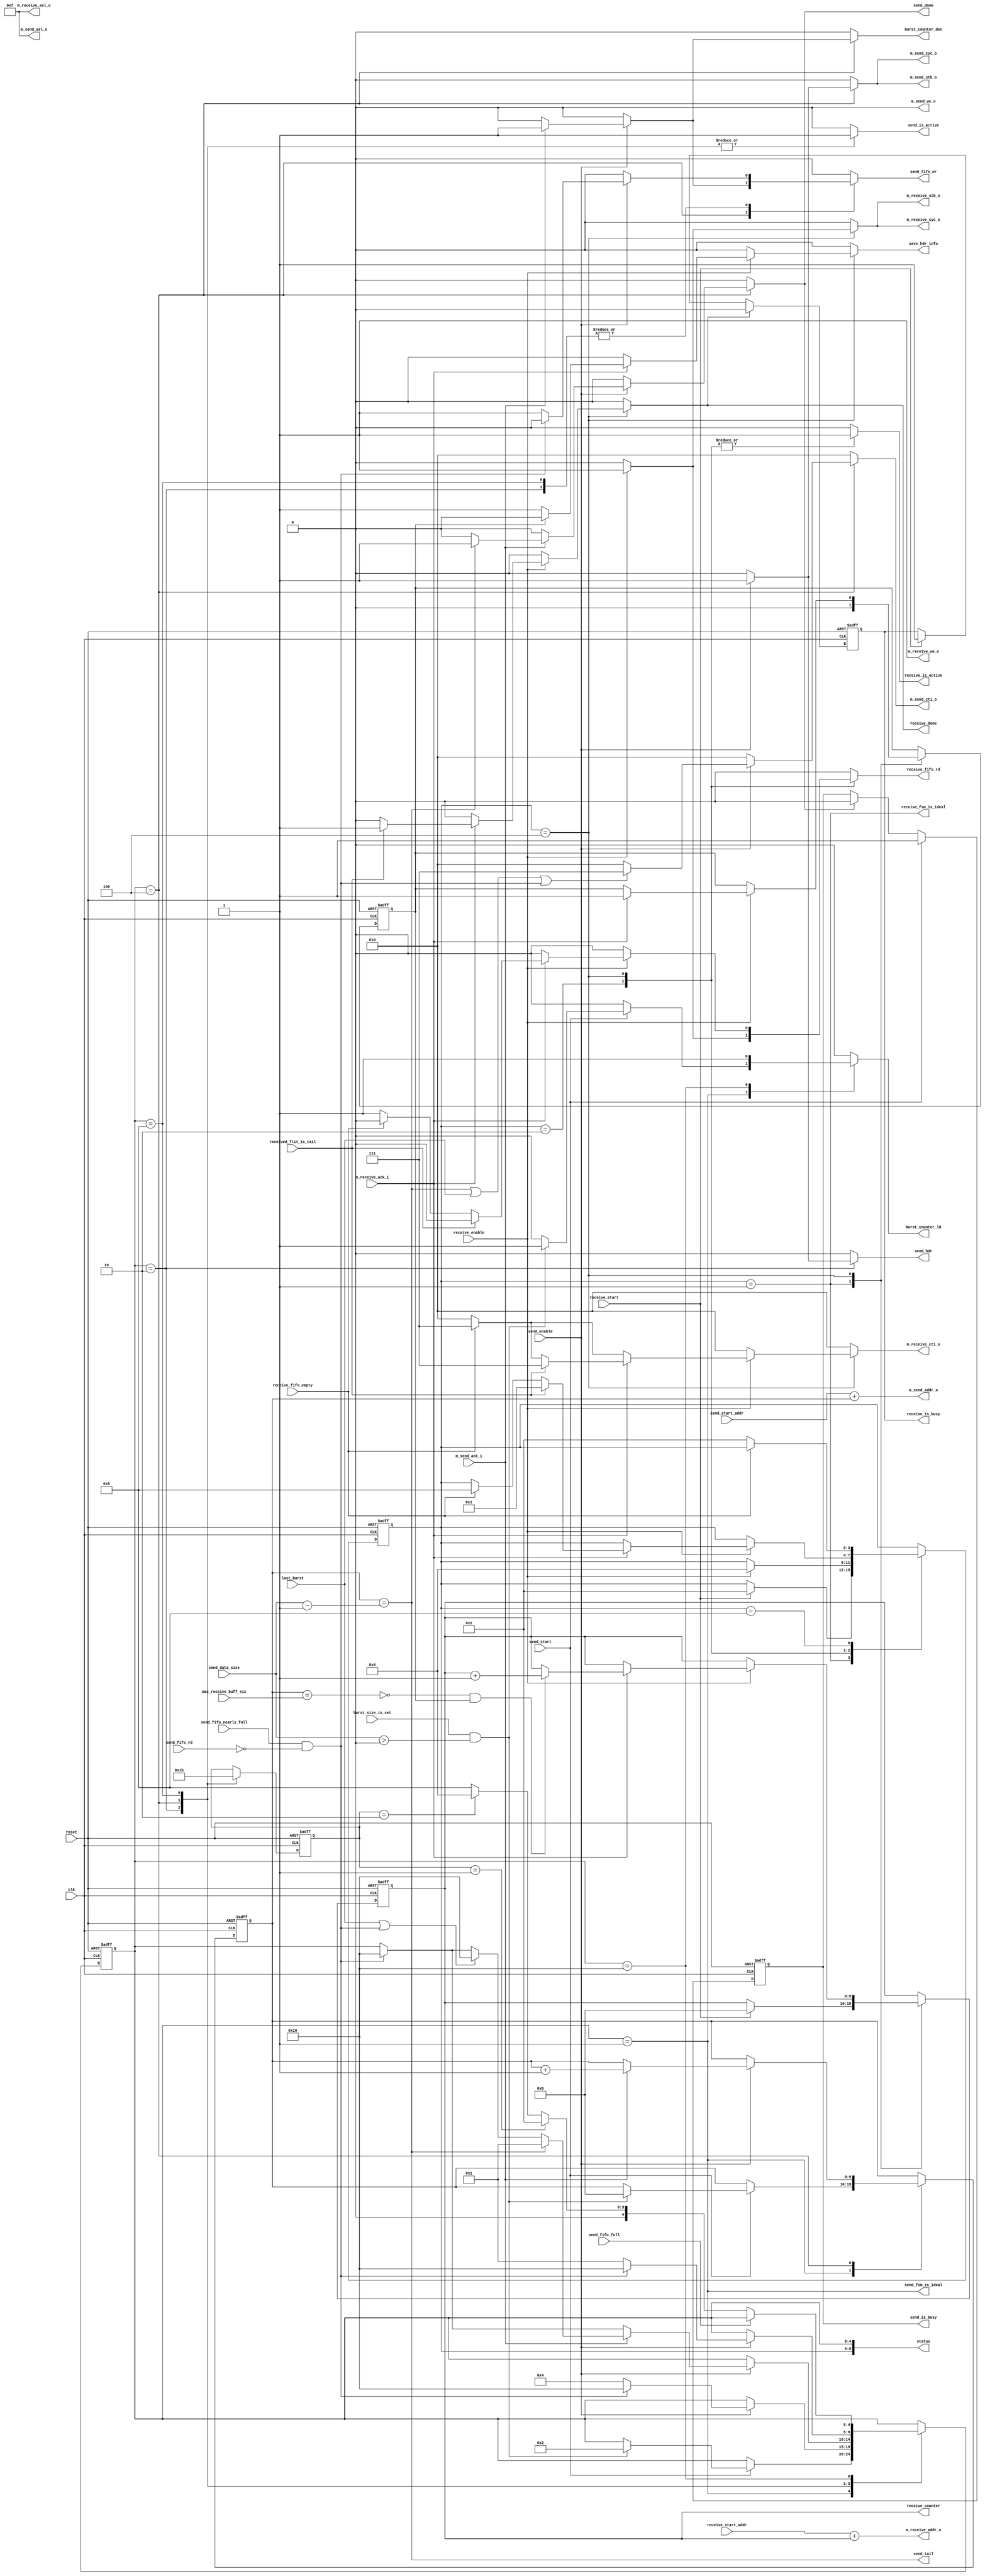

/**********************************************************************
**    
**	Copyright (C) 2014-2017  Alireza Monemi
**    
**	This file is part of ProNoC 
**
**	ProNoC ( stands for Prototype Network-on-chip)  is free software: 
**	you can redistribute it and/or modify it under the terms of the GNU
**	Lesser General Public License as published by the Free Software Foundation,
**	either version 2 of the License, or (at your option) any later version.
**
** 	ProNoC is distributed in the hope that it will be useful, but WITHOUT
** 	ANY WARRANTY; without even the implied warranty of MERCHANTABILITY
** 	or FITNESS FOR A PARTICULAR PURPOSE.  See the GNU Lesser General
** 	Public License for more details.
**
** 	You should have received a copy of the GNU Lesser General Public
** 	License along with ProNoC. If not, see <http:**www.gnu.org/licenses/>.
**
**
**	Description: 
**	NI send-/receive-DMA
**	
**
*******************************************************************/







 `timescale  1ns/1ps
 
 
module ni_vc_dma #(
   
    parameter MAX_TRANSACTION_WIDTH=10, // MAximum transaction size will be 2 power of MAX_DMA_TRANSACTION_WIDTH words 
    parameter CRC_EN= "NO",// "YES","NO" if CRC is enable then the CRC32 of all packet data is calculated and sent via tail flit. 
    
    //wishbone port parameters
    parameter Dw            =   32,
    parameter M_Aw          =   32,
    parameter TAGw          =   3,
    parameter SELw          =   4


)
(
     // 
    reset,
    clk,
    
    //ctrl signals
    send_enable,
    receive_enable,
    send_is_busy,
    receive_is_busy,
    send_is_active,
    receive_is_active,
    last_burst,
    send_hdr,
    send_tail,
    status,
    save_hdr_info,
    send_done,
    receive_done,    
    
  
    send_fsm_is_ideal,
    receive_fsm_is_ideal,
    received_flit_is_tail,
    send_start_addr, 
    receive_start_addr,
    
    send_data_size,
    max_receive_buff_siz,
    send_start, 
    receive_start,
    receive_counter,
    
    
    //fifo signals
        
    send_fifo_wr, 
    send_fifo_full,
    send_fifo_nearly_full,
    send_fifo_rd,    
    receive_fifo_rd,  
    receive_fifo_empty,
    
    //busrdt counter control signals
    burst_counter_ld,
    burst_counter_dec,
    burst_size_is_set,
    

   
    //wishbone master rd interface signals
    m_send_sel_o,
    m_send_addr_o,
    m_send_cti_o,
    m_send_stb_o,
    m_send_cyc_o,
    m_send_we_o,
  //  m_send_dat_i,
    m_send_ack_i,    


     //wishbone master wr interface signals
     
    m_receive_sel_o,
   // m_receive_dat_o,
    m_receive_addr_o,
    m_receive_cti_o,
    m_receive_stb_o,
    m_receive_cyc_o,
    m_receive_we_o,
    m_receive_ack_i  
     
  
    

);


           
        
    //state machine registers/parameters
    localparam
        SEND_ST_NUM=5,
        RECEIVE_ST_NUM=4;
    localparam [SEND_ST_NUM-1 :   0]
        SEND_IDEAL = 1,
        SEND_HDR=2,
        SEND_BODY =4,
        SEND_CRC=8,
        SEND_WAIT=16;    
        
        
    localparam [RECEIVE_ST_NUM-1:0]
        RECEIVE_IDEAL = 1,
        RECEIVE_READ_FIFO=2,
        RECEIVE_ACTIVE =4,
        RECEIVE_RELEASE_WB=8;  
    
    localparam [2 : 0]
        CLASSIC = 3'b000,
        CONST_ADDR_BURST = 3'b010,
        INCREMENT_BURST = 3'b011,
        END_OF_BURST = 3'b111;
        
        
      //control Registers/ parameters 
    
   

    localparam STATUSw=SEND_ST_NUM+RECEIVE_ST_NUM;
   
    output  [STATUSw-1  :0] status;  


    input reset,clk,send_enable,receive_enable;
    output reg send_is_busy, receive_is_busy;
    output reg burst_counter_ld,    burst_counter_dec;
    input burst_size_is_set;
    input last_burst;
    output reg  send_hdr;
    output reg  send_done,receive_done;    
    
    output send_tail;
    output reg send_is_active, receive_is_active;
    input received_flit_is_tail;
    output reg  [MAX_TRANSACTION_WIDTH-1    :   0] receive_counter;
    output reg save_hdr_info;
   
    output send_fsm_is_ideal,receive_fsm_is_ideal;
    input  [Dw-1   :   0] send_start_addr; 
    input  [Dw-1   :   0] receive_start_addr;
    
    input  [MAX_TRANSACTION_WIDTH-1    :   0] send_data_size;
    input  [MAX_TRANSACTION_WIDTH-1    :   0] max_receive_buff_siz;
    input  send_start, receive_start;
    
    //fifo
    output reg  send_fifo_wr, receive_fifo_rd;
    input       send_fifo_full, send_fifo_nearly_full,send_fifo_rd, receive_fifo_empty;
    
    
  

  
    
    
    //wishbone read master interface signals
    output  [SELw-1          :   0] m_send_sel_o;
    output  [M_Aw-1          :   0] m_send_addr_o;
    output reg [TAGw-1       :   0] m_send_cti_o;
    output                          m_send_stb_o;
    output   reg                    m_send_cyc_o;
    output                          m_send_we_o;
   // input   [Dw-1           :  0]   m_send_dat_i;
    input                           m_send_ack_i;    
     
     //wishbone write master interface signals
    output  [SELw-1          :   0] m_receive_sel_o;
  //  output  [Dw-1            :   0] m_receive_dat_o;
    output  [M_Aw-1          :   0] m_receive_addr_o;
    output  reg [TAGw-1      :   0] m_receive_cti_o;
    output                          m_receive_stb_o;
    output  reg                     m_receive_cyc_o;
    output                          m_receive_we_o;
    input                           m_receive_ack_i;   
    
    
    reg [MAX_TRANSACTION_WIDTH-1    :   0] send_counter, send_counter_next;
    reg [MAX_TRANSACTION_WIDTH-1    :   0] receive_counter_next;
  
       
        
    
    wire last_data = (send_counter == send_data_size-1'b1);
   
    wire receive_overflow= (send_counter == max_receive_buff_siz);    
    
    reg [SEND_ST_NUM-1    :0] send_ps,send_ns; // read  peresent state, read next sate 
    reg [RECEIVE_ST_NUM-1    :0] receive_ps,receive_ns; // read  peresent state, read next sate
    
    reg receive_is_busy_next, send_is_busy_next;
   
   
    assign status= {receive_ps,send_ps};
   // assign s_dat_o={{(Dw-STATUSw){1'b0}}, status};
   
    reg  send_crc; 
    assign send_tail =  ( CRC_EN == "NO") ?  last_data : send_crc; 
     
    
    
    assign send_fsm_is_ideal = (send_ps== SEND_IDEAL);
    assign receive_fsm_is_ideal = (receive_ps== RECEIVE_IDEAL);
    assign m_send_addr_o =  send_start_addr + send_counter;
    assign m_receive_addr_o =  receive_start_addr + receive_counter;
    assign m_send_stb_o =  m_send_cyc_o;
    assign m_receive_stb_o =  m_receive_cyc_o;
    assign m_receive_we_o = 1'b1;
    assign m_send_we_o = 1'b0;
    assign m_receive_sel_o = 4'b1111;
    assign m_send_sel_o = 4'b1111;
    
 
    reg [1:0] active_st,active_st_next;
     //send state machine
    always @ (*) begin 
        // default values 
        send_ns = send_ps;
        send_counter_next=send_counter;
        burst_counter_ld=1'b0;
        burst_counter_dec=1'b0;
        m_send_cti_o =  CONST_ADDR_BURST;
        m_send_cyc_o=1'b0;
        send_fifo_wr=1'b0;
        send_done = 1'b0;
        send_is_active =1'b0;
        send_hdr = 1'b0;
        send_crc = 1'b0; 
        active_st_next = active_st;
        case(send_ps)
            SEND_IDEAL: begin 
                if(send_start) begin 
                    if (burst_size_is_set && (send_data_size>0)) begin 
                        send_counter_next= {MAX_TRANSACTION_WIDTH{1'b0}};
                        burst_counter_ld=1'b1;
                        send_ns = SEND_HDR;
                    end else begin // set error reg
                    end
                end
            end // SEND_IDEAL
            SEND_HDR: begin 
                    active_st_next =2'd1;
                    send_is_active =1'b1; // this signal sends request to the send_arbiter, the granted signal is send_enable
                    if(send_enable) begin 
                        send_hdr = 1'b1;                                             
                        if(send_fifo_nearly_full & !send_fifo_rd)  begin
                            send_ns =  SEND_WAIT; 
                        end else begin 
                            send_fifo_wr=1'b1;
                            send_ns =  SEND_BODY;
                                                     
                        end
                    end
                         
            end // SEND_ACTIVE
            
            
            
               
            SEND_BODY: begin 
                    active_st_next =2'd2;
                    send_is_active =1'b1; // this signal sends request to the send_arbiter, the granted signal is send_enable
                    if(send_enable) begin 
                        m_send_cyc_o=1'b1; 
                        
                        if(last_data |  last_burst | (send_fifo_nearly_full & !send_fifo_rd))  m_send_cti_o= END_OF_BURST;  
                        if(send_fifo_nearly_full & !send_fifo_rd)  send_ns =  SEND_WAIT;
                               
                                
                        if (m_send_ack_i) begin 
                                send_fifo_wr=1'b1;
                                send_counter_next=send_counter +1'b1;
                                burst_counter_dec=1'b1;
                                                                    
                                if(last_data) begin 
                                    send_ns = ( CRC_EN == "NO") ? SEND_IDEAL : SEND_CRC;
                                  send_done = 1'b1;
                                  
                                end else if (last_burst | (send_fifo_nearly_full & !send_fifo_rd)) begin 
                                  send_ns = SEND_WAIT;
                                 
                                end 
                        end 
                    end
                         
            end // SEND_BODY
            
          SEND_CRC: begin 
                    active_st_next =2'd3;
                    send_is_active =1'b1; // this signal sends request to the send_arbiter, the granted signal is send_enable
                    if(send_enable) begin 
                        send_crc = 1'b1;                                             
                        if(send_fifo_nearly_full & !send_fifo_rd)  begin
                                send_ns =  SEND_WAIT;  
                        end else begin 
                                send_fifo_wr=1'b1;
                                send_ns =  SEND_IDEAL;
                                                      
                        end
                    end
                         
            end // SEND_ACTIVE
            
            
            
            
            
             SEND_WAIT: begin 
                    //burst_counter_next = burst_size;
                     
                burst_counter_ld=1'b1;
                if(!send_fifo_full) begin 
                        send_ns = ( active_st ==2'd1) ? SEND_HDR :
                                  ( active_st ==2'd2) ? SEND_BODY : SEND_CRC;
                end
                
            end //SEND_RELEASE_WB
            default: begin
                    
                    
            end
       endcase      
    end//alays
    
    
 
            
           
       
    
 
    reg hdr_flit_is_received,hdr_flit_is_received_next;
 
 //receive state machine    
    always @ (*) begin 
        // default values 
        receive_ns = receive_ps;
        receive_counter_next=receive_counter;
        m_receive_cyc_o=1'b0;
        m_receive_cti_o= CONST_ADDR_BURST;
        receive_fifo_rd=1'b0;
        receive_done=1'b0;
        receive_is_active =1'b0;
        hdr_flit_is_received_next=hdr_flit_is_received;
        save_hdr_info=1'b0;
       
            case(receive_ps)
                RECEIVE_IDEAL: begin 
                    
                    hdr_flit_is_received_next =1'b0;                
                    if(receive_start )begin 
                        receive_counter_next = {MAX_TRANSACTION_WIDTH{1'b0}};  
                        receive_ns = RECEIVE_READ_FIFO;                         
                    end 
                    
                end // RECEIVE_IDEAL
                RECEIVE_READ_FIFO: begin 
                     receive_is_active =1'b1; // this signal sends request to the receive_arbiter, the granted signal is receive_enable
                     if(receive_enable) begin 
                          receive_ns = RECEIVE_ACTIVE; 
                          receive_fifo_rd=1'b1;
                    end
                end
                
                
                RECEIVE_ACTIVE: begin 
                     receive_is_active =1'b1; // this signal sends request to the receive_arbiter, the granted signal is receive_enable
                     if(receive_enable) begin 
                            if(CRC_EN == "YES")begin 
                                if(received_flit_is_tail)begin 
                                    m_receive_cyc_o = 1'b0;// make sre do not save crc on data memory
                                    receive_ns = RECEIVE_IDEAL;
                                    m_receive_cti_o= END_OF_BURST;
                                    receive_done=1'b1;  
                                end else begin 
                                    m_receive_cyc_o=1'b1; 
                                end
                            end else  m_receive_cyc_o=1'b1; //CRC_EN == "NO"
                            if (receive_fifo_empty) begin 
                                m_receive_cti_o= END_OF_BURST;                             
                            end
                            if (m_receive_ack_i) begin 
                                hdr_flit_is_received_next=1'b1;
                                if(! hdr_flit_is_received) save_hdr_info=1'b1;
                                if(! receive_overflow && hdr_flit_is_received) receive_counter_next=receive_counter +1'b1; //Donot save hedaer flit in memory
                                if (received_flit_is_tail) begin 
                                    receive_ns = RECEIVE_IDEAL;
                                    m_receive_cti_o= END_OF_BURST; 
                                    receive_done=1'b1; 
                                end
                                else if (receive_fifo_empty) begin 
                                    receive_ns = RECEIVE_RELEASE_WB; 
                                   
                                end else begin 
                                    receive_fifo_rd=1'b1;
                                end                 
                            end 
                     end               
                end // RECEIVE_ACTIVE
               RECEIVE_RELEASE_WB: begin 
                    if (! receive_fifo_empty) begin 
                                    receive_ns = RECEIVE_READ_FIFO;                                    
                    end                
                end //RELEASE_WB                
                default: begin
                    
                    
                    end
            endcase
       
    end//alays
    
          
    always @(*)begin 
        send_is_busy_next= send_is_busy;
        if(send_start) send_is_busy_next =1'b1;
        else if(send_done) send_is_busy_next=1'b0;
    end
    
    
     always @(*)begin 
        receive_is_busy_next= receive_is_busy;
        if(receive_done) receive_is_busy_next =1'b0;
        else if(receive_start) receive_is_busy_next=1'b1;
    end
    
   
    
    
    //registers assigmnet
    
    always @ (posedge clk or posedge reset)begin 
        if(reset) begin 
            send_ps <= SEND_IDEAL;
            receive_ps <= RECEIVE_IDEAL;
            send_counter <=  {MAX_TRANSACTION_WIDTH{1'b0}};
            receive_counter <=   {MAX_TRANSACTION_WIDTH{1'b0}}; 
            send_is_busy<= 1'b0;
            receive_is_busy<= 1'b0;
            hdr_flit_is_received<=1'b0;
            active_st <= 2'd0;
           
          
        end else begin 
            send_ps <= send_ns;
            receive_ps <= receive_ns;
            send_counter <=  send_counter_next;
            receive_counter <=  receive_counter_next; 
            send_is_busy <=send_is_busy_next;
            receive_is_busy <=receive_is_busy_next;
            hdr_flit_is_received<=hdr_flit_is_received_next;
            active_st <= active_st_next;
           
        end 
    end 
    
    
    
/*
    dma_fifo  #(
         .Dw(Dw),//data_width
         .B(B) // buffer num
    ) 
    the_fifo
    (
         .din(m_send_dat_i),   
         .receive_en(send_fifo_wr), 
         .send_en(fifo_rd), 
         .dout(m_receive_dat_o),  
         .full(send_fifo_full),
         .nearly_full(send_fifo_nearly_full),
         .empty(receive_fifo_empty),
         .reset(reset),
         .clk(clk)
    );
*/
 





endmodule